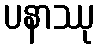
ပနာဿု